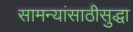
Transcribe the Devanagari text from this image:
सामन्यांसाठीसुद्धा